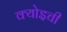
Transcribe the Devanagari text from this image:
क्योइची